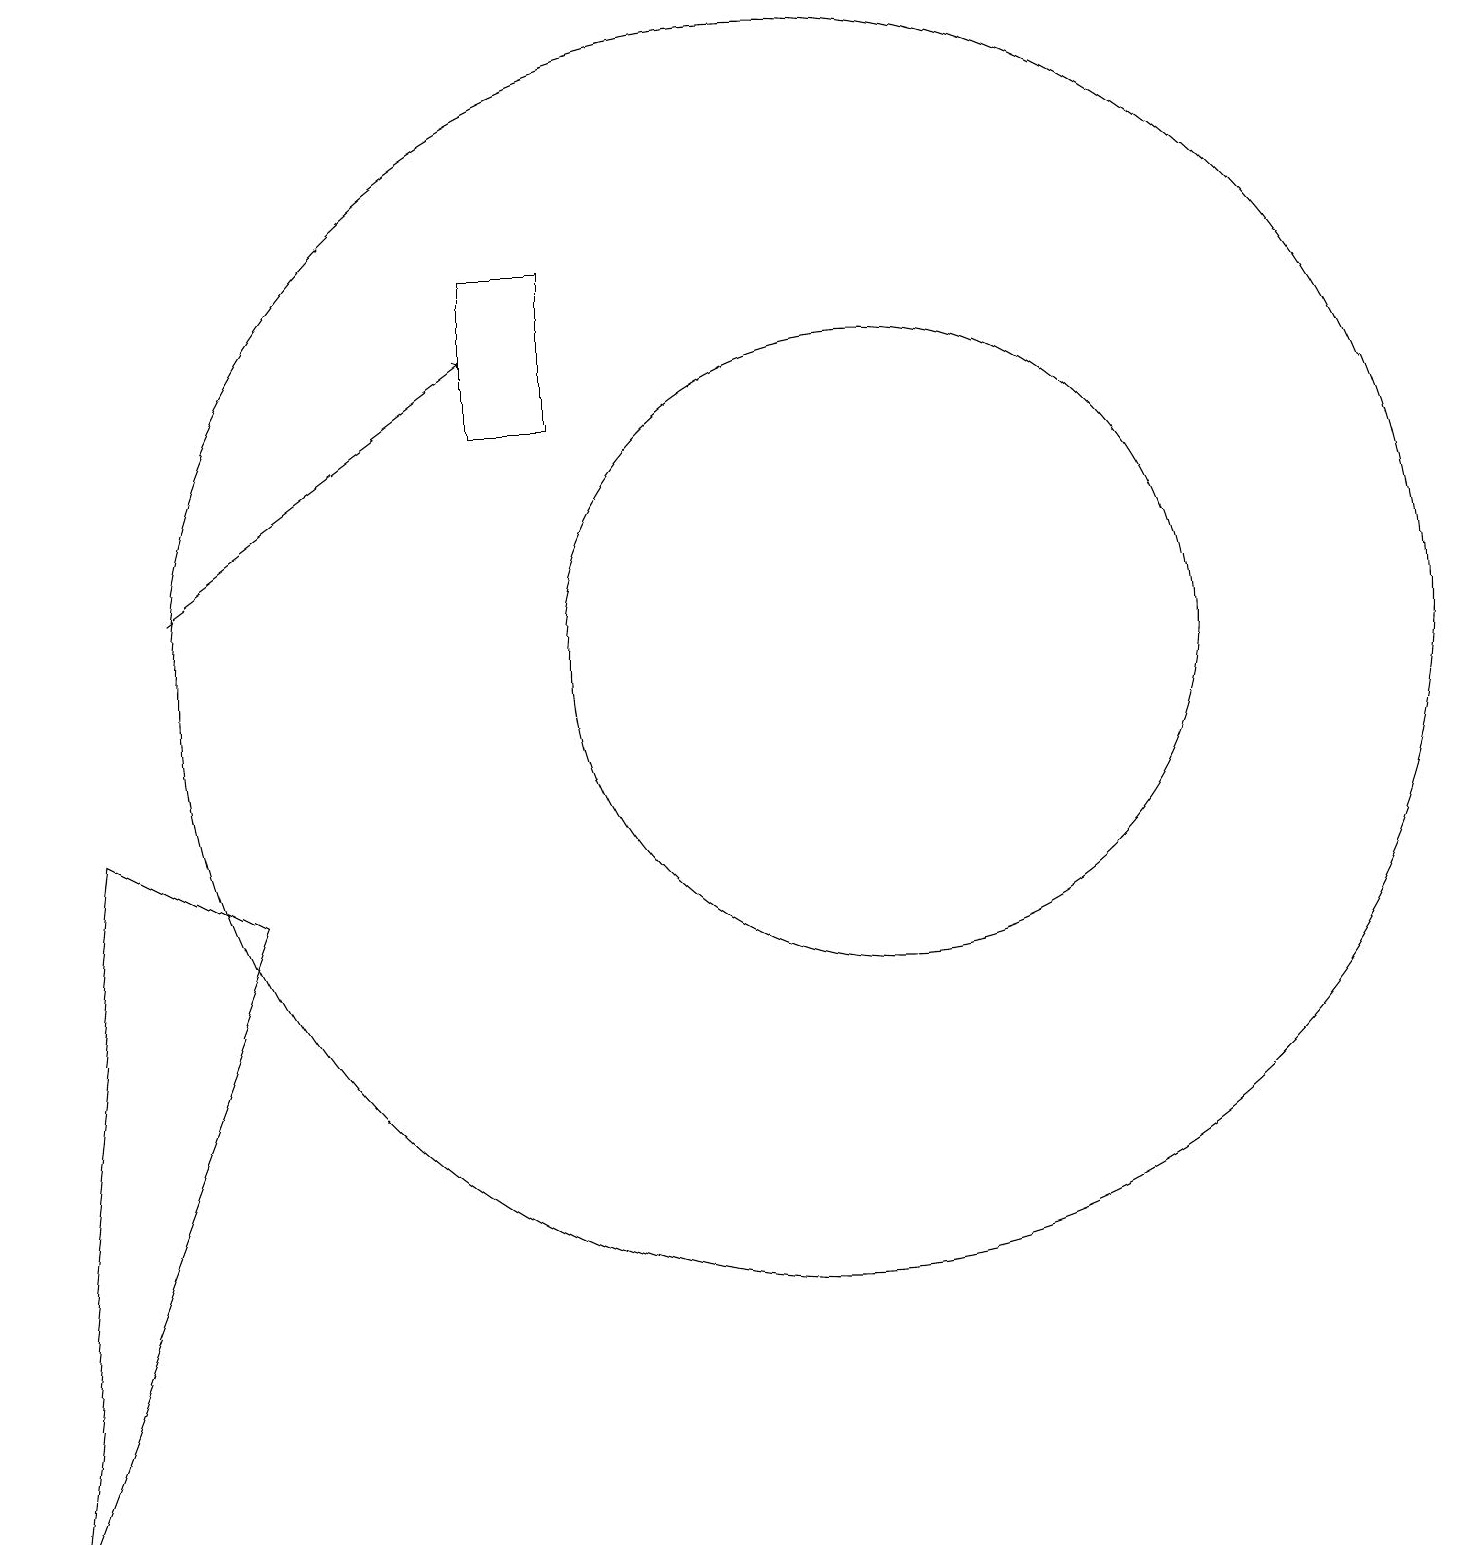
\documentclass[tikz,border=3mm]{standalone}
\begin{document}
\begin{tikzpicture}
\draw (1,9) -- (3,8) -- (0,0) -- cycle;
\draw (11,11) circle (4);
\draw[->] (2,12) -- (6,15);
\draw (10,11) circle (8);
\draw (6,14) rectangle (7,16);
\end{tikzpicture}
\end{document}